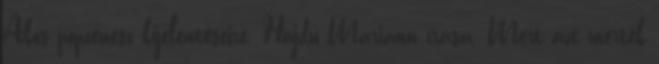
Ákos popzenész kijelentéseire. Hajdu Mariann írása. Mert azt merték